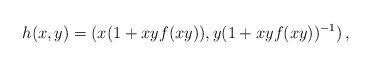
LaTeX: \begin{align*}h(x,y) = (x(1 + xy f(xy)), y(1 + xy f(xy))^{-1}) \, ,\end{align*}